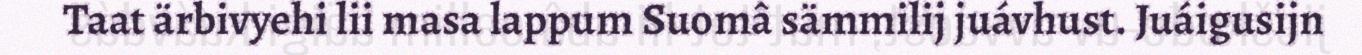
Taat ärbivyehi lii masa lappum Suomâ sämmilij juávhust. Juáigusijn